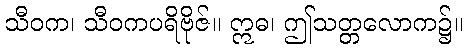
သီဝက၊ သီဝကပရိဗိုဇ်။ ဣဓ၊ ဤသတ္တလောက၌။